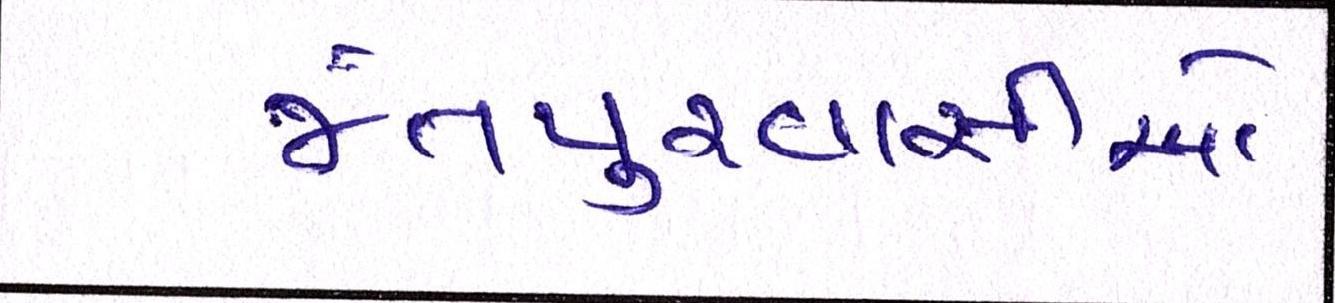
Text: જેતપુરવાસીઓ